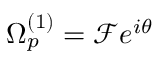
\Omega _ { p } ^ { ( 1 ) } = \mathcal { F } e ^ { i \theta }